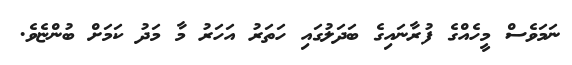
ނަމަވެސް މީހެއްގެ ފުރާނައިގެ ބަދަލުގައި ހަތަރު އަހަރު މާ މަދު ކަމަށް ބުންޏެވެ.